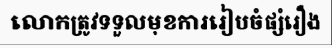
លោកត្រូវទទួលមុខការរៀបចំផ្សំរឿង